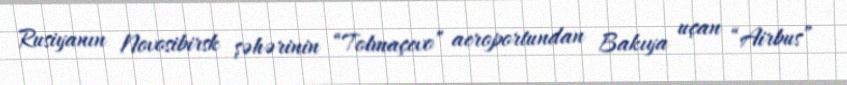
Rusiyanın Novosibirsk şəhərinin “Tolmaçevo” aeroportundan Bakıya uçan “Airbus”